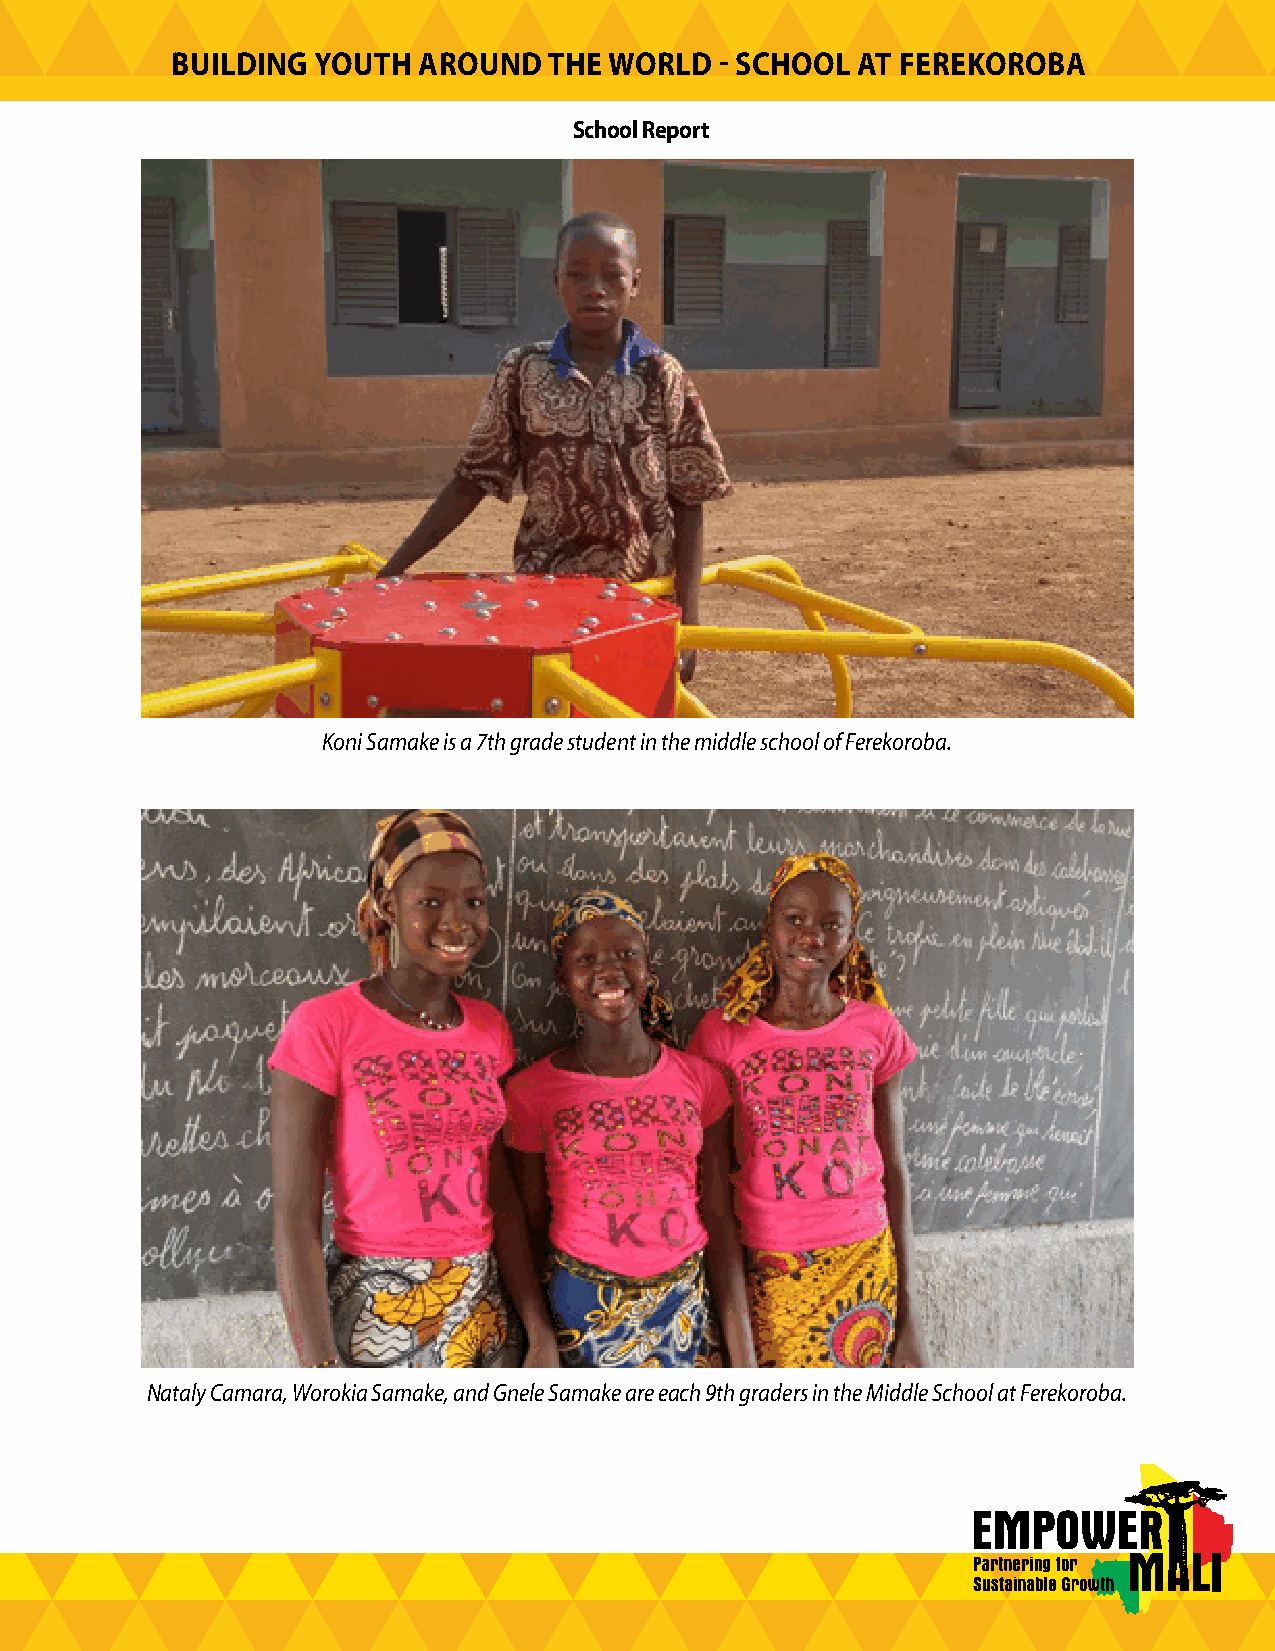
BUILDING  YOUTH  AROUND  THE WORLD   - SCHOOL AT FEREKOROBA
 School Report
 Koni Samake is a 7th grade student in the middle school of Ferekoroba.
 Nataly Camara, Worokia Samake, and Gnele Samake are each 9th graders in the Middle School at Ferekoroba.